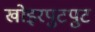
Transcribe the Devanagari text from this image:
खोइरपुटपुट